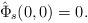
LaTeX: \begin{align*}\hat \Phi_s(0,0) = 0.\end{align*}